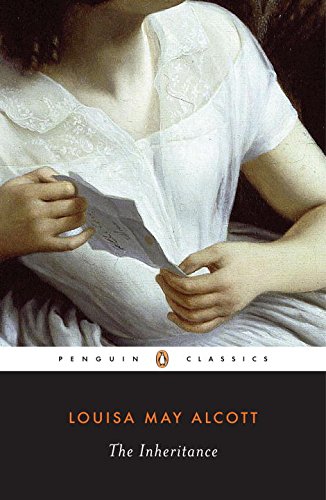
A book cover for The Inheritance (Penguin Classics); Louisa May Alcott; Teen & Young Adult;